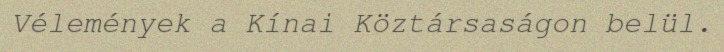
Vélemények a Kínai Köztársaságon belül.